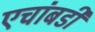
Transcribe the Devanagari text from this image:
एचांबडी